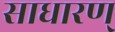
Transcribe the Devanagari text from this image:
साधारण्